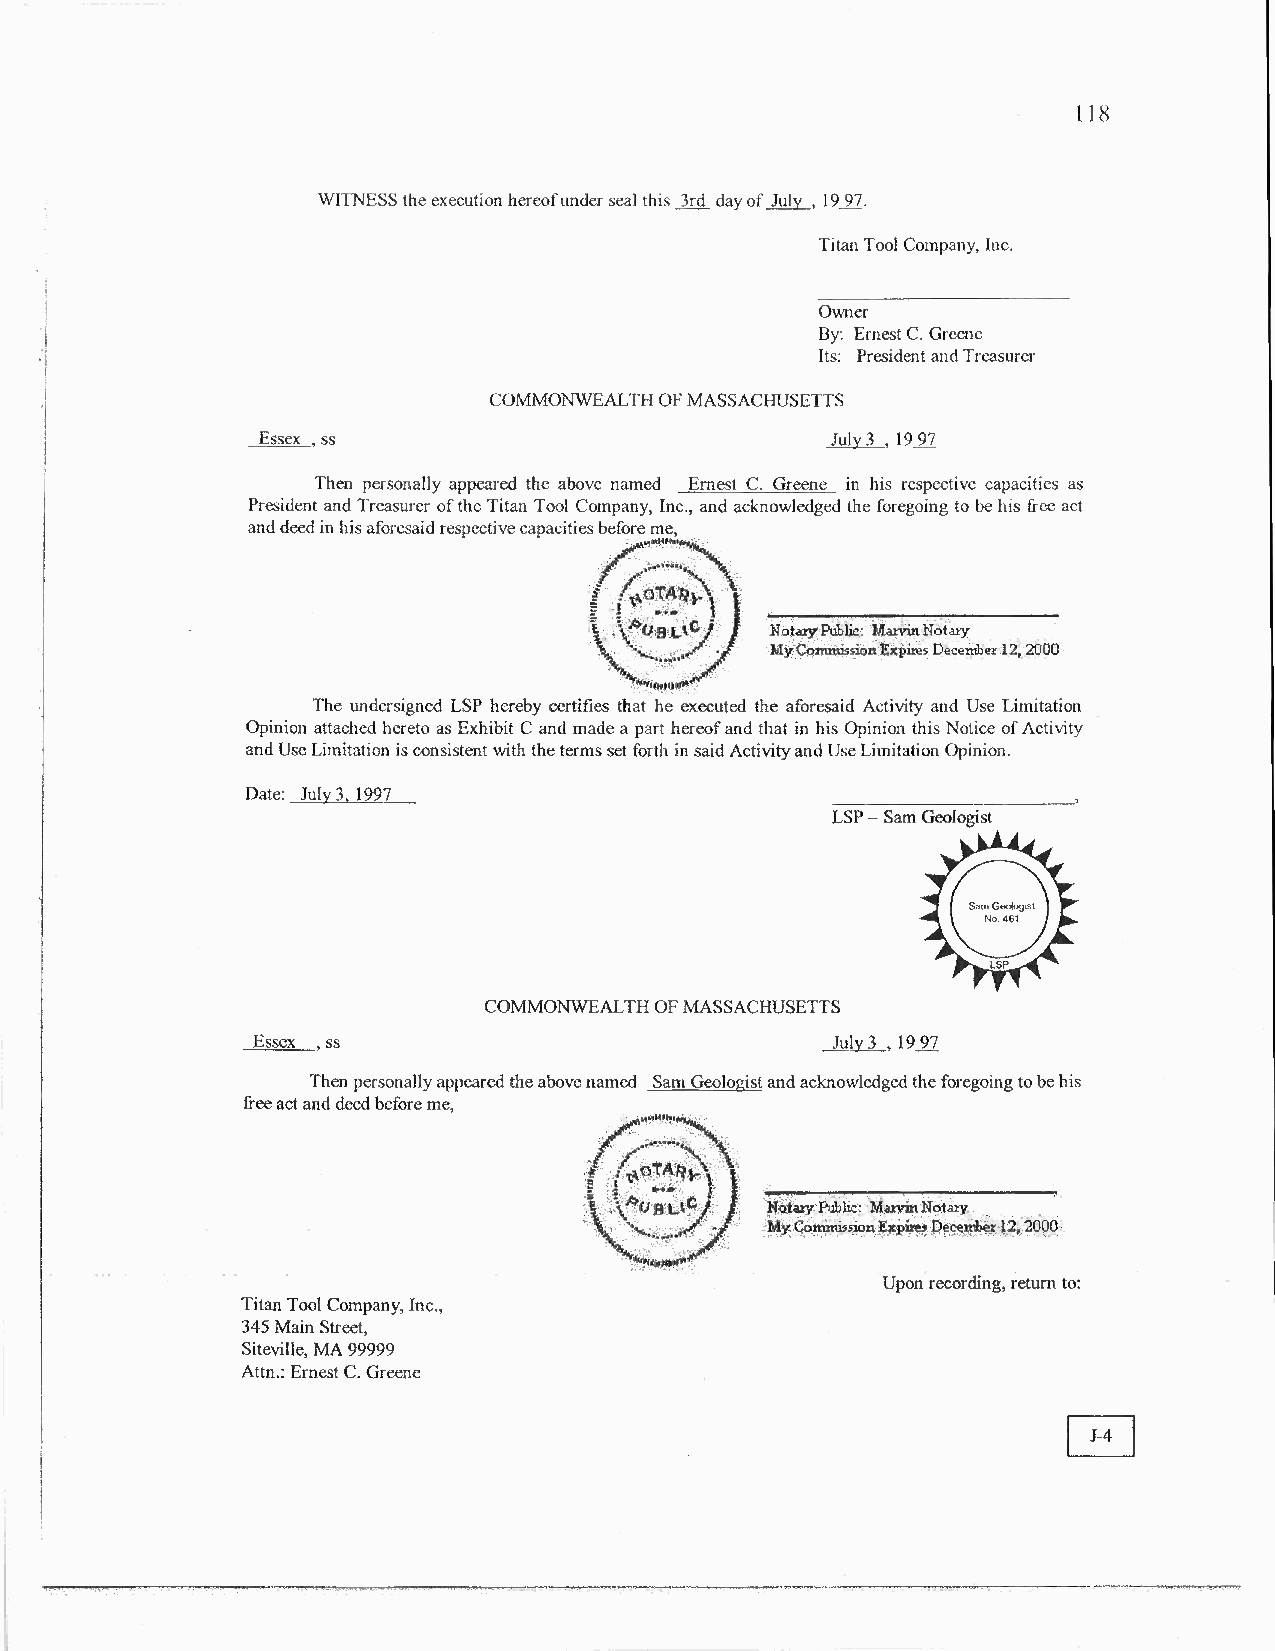
118
 WITNESS the execution hereof under seal this 3rd day of July , 19 97.
 Titan Tool Company, Inc.
 Owner
 By: Ernest C. Greene
 Its: President and Treasurer
 COMMONWEALTH OF MASSACHUSETTS
 Essex , ss                            July 3 , 19 97
 Then personally appeared the above named Ernest C. Greene in his respective capacities as
 President and Treasurer of the Titan Tool Company, Inc., and acknowledged the foregoing to be his free act
 and deed in his aforesaid respective capacities before me,
 Notary       Notary Public: Marvin
 My Commission Expires December 12, 2000
 ~
 The undersigned LSP hereby certifies that hee executed the aforesaid Activity and Use Limitation
 Opinion attached hereto as Exhibit C and made a part hereof and that in his Opinion this Notice of Activity
 and Use Limitation is consistent with the terms set forth in said Activity and Use Limitation Opinion.
 Date: July 3, 1997
 LSP Sam Geologist
 —
 COMMONWEALTH OF MASSACHUSETTS
 Essex , ss                            July 3 , 19 97
 Then personally appeared the above named Sam Geologist and acknowledged the foregoing to be his
 free act and deed before me,
 ar No
 M sieD 0oeyc nCeom m Ebme 0xsri s1 p2 i, r20 Public: Marvin Notary y t
 Upon recording, return to:
 Titan Tool Company, Inc.,
 345 Main Street,
 Siteville, MA 99999
 Attn.: Ernest C. Greene
 J-4